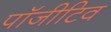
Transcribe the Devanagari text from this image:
पॉजीटिव